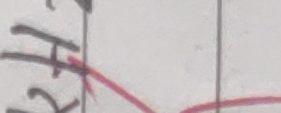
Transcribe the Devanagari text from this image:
र